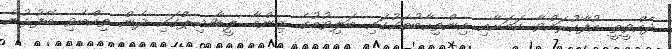
ދެއްވީތީ އުފާކުރައްވާ ކަމަށާއި އިންތިހާބުތަކުގައި ބަލިވުމުގެ ޒިންމާ ލީޑާޝިޕްގައި ދެން ތިއްބެވި ބޭފުޅުން